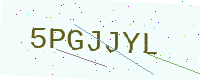
Text: 5PGJJYL